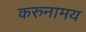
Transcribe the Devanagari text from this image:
करुनामय